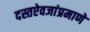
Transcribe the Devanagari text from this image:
दस्तऐवजांप्रमाणे